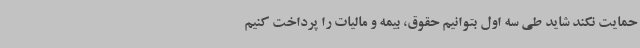
حمایت نکند شاید طی سه اول بتوانیم حقوق، بیمه و مالیات را پرداخت کنیم